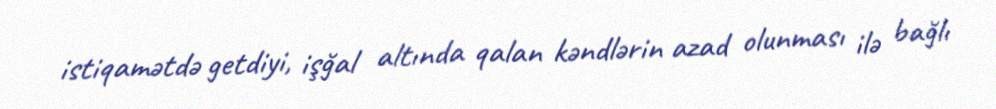
istiqamətdə getdiyi, işğal altında qalan kəndlərin azad olunması ilə bağlı